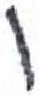
אות: ו